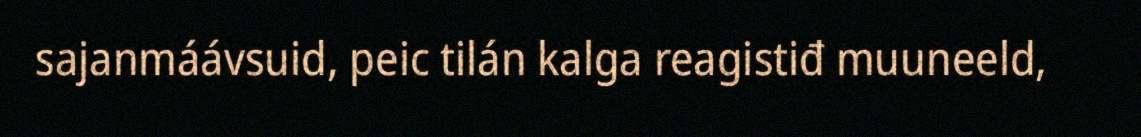
sajanmáávsuid, peic tilán kalga reagistiđ muuneeld,